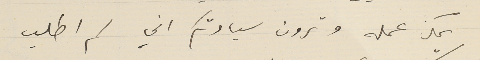
يمكن عمله وترون سيادتكم اني لم اطلب